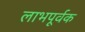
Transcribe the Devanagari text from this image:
लाभपूर्वक